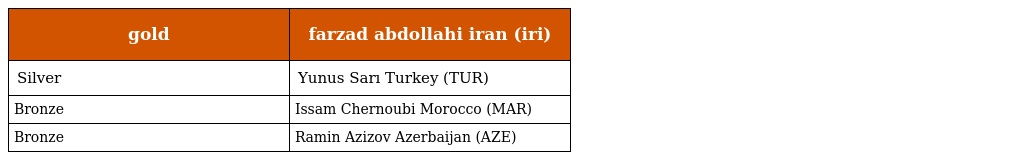
| gold | farzad abdollahi iran (iri) |
 | --- | --- |
 | Silver | Yunus Sarı Turkey (TUR) |
 | Bronze | Issam Chernoubi Morocco (MAR) |
 | Bronze | Ramin Azizov Azerbaijan (AZE) |